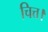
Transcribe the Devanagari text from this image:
चित्त।